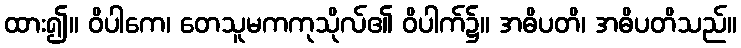
ထား၍။ ဝိပါကေ၊ တေသူမကကုသိုလ်၏ ဝိပါက်၌။ အဓိပတိ၊ အဓိပတိသည်။